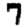
Digit: 7